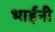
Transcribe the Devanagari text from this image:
भाईनी